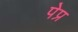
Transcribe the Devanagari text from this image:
पेप्र